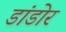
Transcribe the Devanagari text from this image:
डांडोर